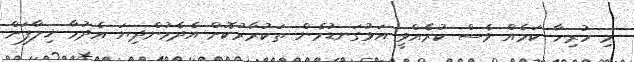
މި ހުރިހާ ކަމެއް ވެސް ކުރެއްވީ އަޅުގަނޑުމެން ތަކުރާރުކޮށް އެދެމުންދިޔަ އެދުމާ ޚިލާފަށް